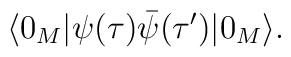
\langle0_M|\psi(\tau)\bar{\psi}(\tau')|0_M\rangle.